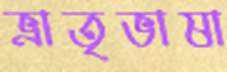
ভ্রাতৃভাষা